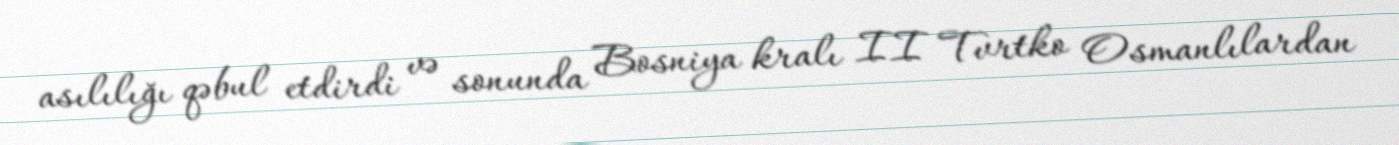
asılılığı qəbul etdirdi və sonunda Bosniya kralı II Tvrtko Osmanlılardan